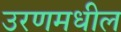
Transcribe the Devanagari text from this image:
उरणमधील